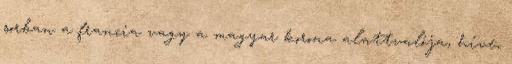
sorban a francia vagy a magyar korona alattvalója, híve,